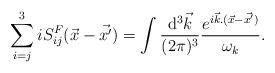
LaTeX: \begin{align*}\sum_{i=j}^{3}iS_{ij}^{F}({\vec x}-{\vec {x^{\prime}}})=\int {{{\rm d}^{3}{\vec k}}\over{(2\pi)^{3}}}{{e^{i{\vec k}.({\vec x}-{\vec {x^{\prime}})}}\over{\omega_{k}}}}.\end{align*}